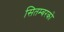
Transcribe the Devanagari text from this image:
सितम्बरको